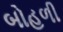
બોહળી